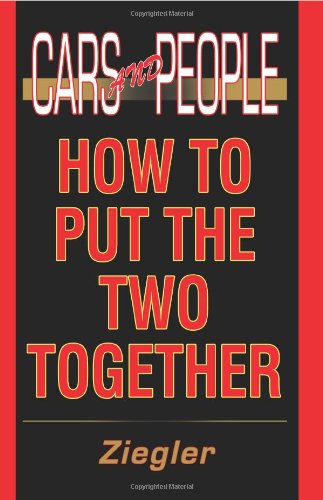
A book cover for Cars and People: How to Put the Two Together; Ziegler; Engineering & Transportation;